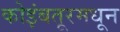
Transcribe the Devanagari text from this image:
कोइंबतूरमधून